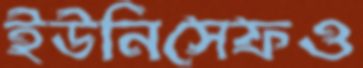
ইউনিসেফও